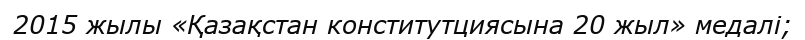
2015 жылы «Қазақстан конститутциясына 20 жыл» медалі;